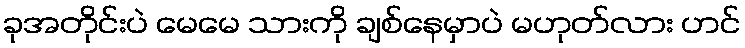
ခုအတိုင်းပဲ မေမေ သားကို ချစ်နေမှာပဲ မဟုတ်လား ဟင်